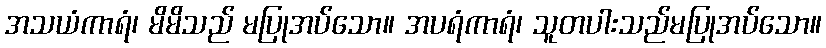
အသယံကာရံ၊ မိမိသည် မပြုအပ်သော။ အပရံကာရံ၊ သူတပါးသည်မပြုအပ်သော။